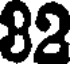
82